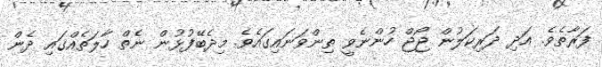
ފަރާތެވެ. އަދި ދަރިކަލުން ޖޯޖް ހުންނެވީ ތިންވަނައިގައެވެ. މިދެބޭފުޅުން ނެތް ހާލަތެއްގައި ދެން